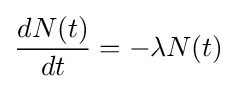
{\frac {dN(t)}{dt}}=-\lambda N(t)